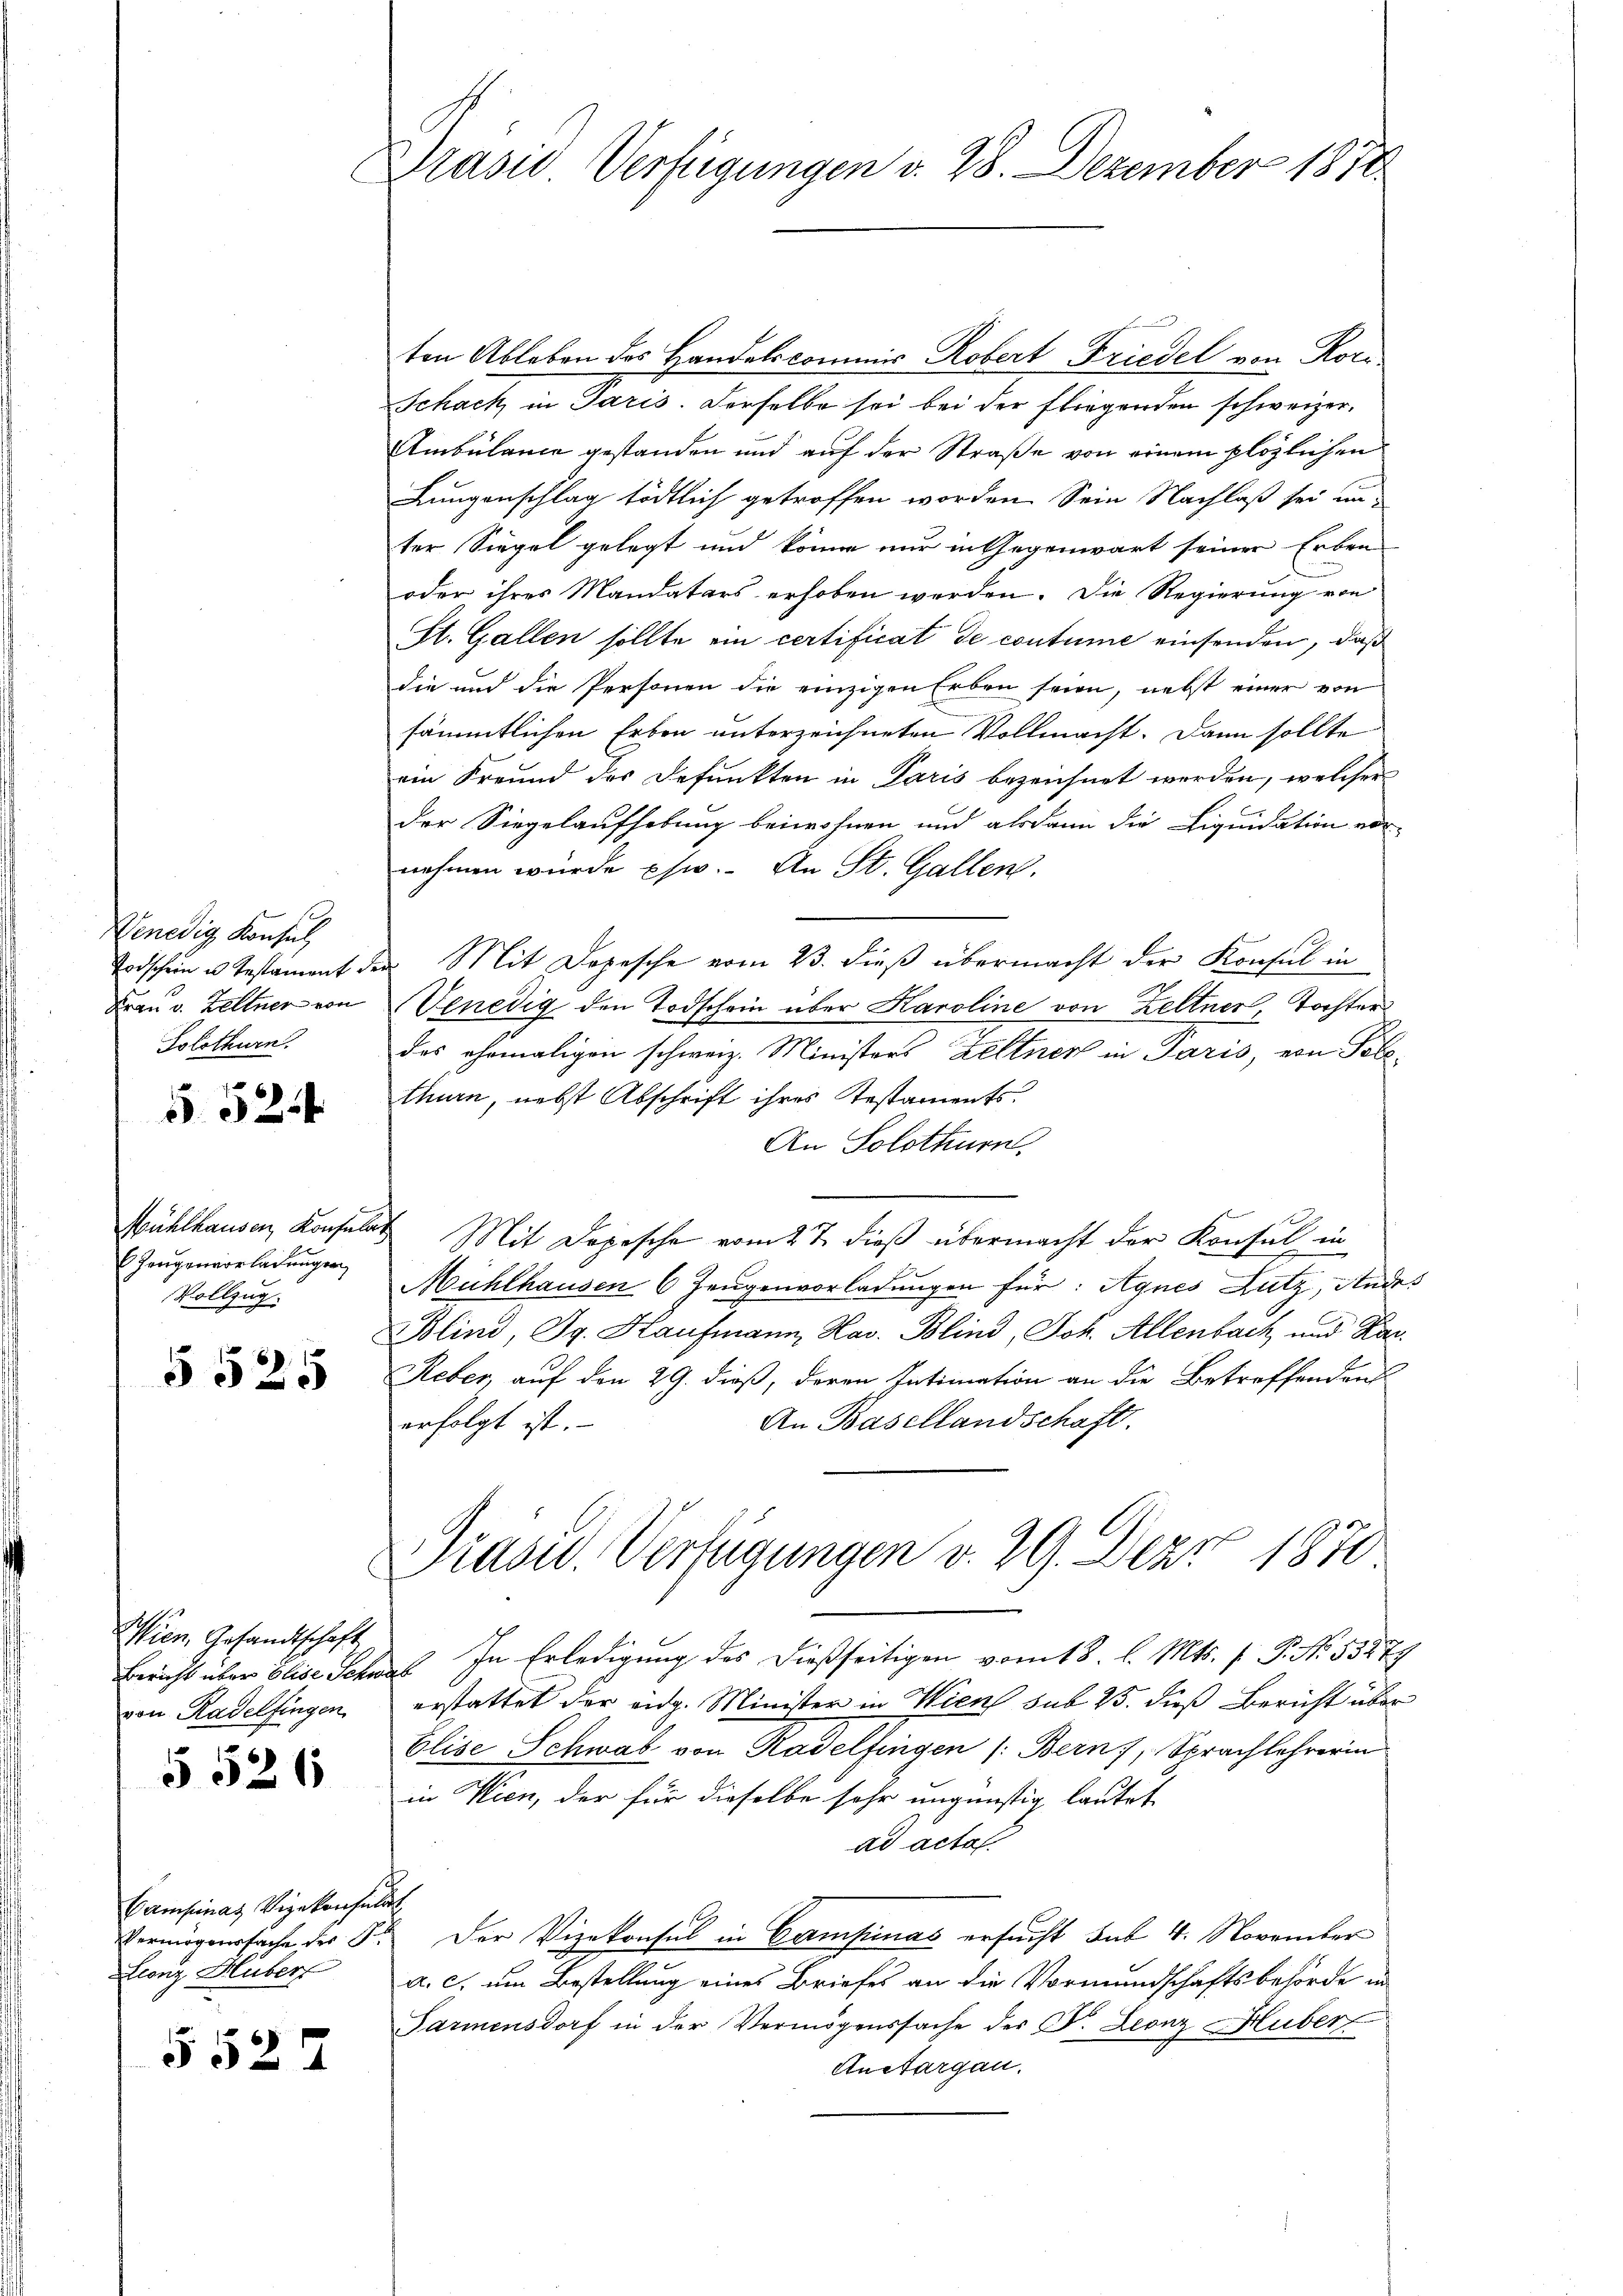
Wenedig Konsul
Todschein u. Testament de
Frau v. Kellner von
Solothurn.

552

Mühlhausen, Konsula
Zeugenvorladungen
Vollzug.

5525

Wien Gesandtschaft
Bericht über Elise Schwa
von Radelfingen

§ 526

Campinaz Vizekonsul
Vermögenssache der S
Leonz Huber

552

2

Prasis Verfügungen v. 28. Dezember 1870

ten Ableben des Landelscommis Robert Friedel von Ror
Schack in Paris. Derselbe sei bei der Fliegenden schweizer¬
Ambulance gestanden und auf der Straße von einem plözlichen
Lungenschlag tödtlich getroffen worden. Sein Nachlaß sei unter Siegel gelegt und könne nur in Gegenwart seiner Erben
oder ihres Mandatars erhoben werden. Die Regierung von
St. Gallen sollte ein certificat de coutume einsenden, daß
die und die Personen die einzigen Erben seien, nebst einer von
sämmtlichen Erben unterzeichneten Vollmacht. Dann sollte
ein Freund der Defunkten in Paris bezeichnet werden, welcher
der Siegelaufhebung beiwohnen und alsdann die Liquidation vor
nehmen würde phw. An St. Gallen.
Mit Dopesche vom 23. dieß übermacht der Konsul in
Venedig den Todschein über Karoline von Zeltner, Tochter
das ehemaligen schweiz. Ministers Zeltner in Paris, von Solothurn, nebst Abschrift ihres Testaments
An Solothurn.
n
Mit Dopesche vom 27. dieß übermacht der Konsul in
Mühlhausen 6 Zeugenvorladungen für: Agnes Lutz, Ann
Blind, Dr. Haufmann Hav. Blind, Joh. Allenbach und Kar
Reber, auf den 29. dieß, deren Intimation an die Betreffendens
An Basellandschaft.
erfolgt ist.
Präsid. Verfügungen v. 29. Dez. 1870
In Erledigung des dießseitigen vom 18. l. Mts. f. P. No. 5327
b
erstattet der eidg. Minister in Wien sub 15. dieß Bericht über
Elise Schwab von Radelfingen (Bern, Sprachlehrerin
in Wien, der für dieselbe sehr ungünstig lautet
ad acta.
l
Der Vizekonsul in Campinas ersucht sub 4. November
a. c. um Bestellung eines Briefes an die Vormundschaftsbehörde in
Parmensdorf in der Vermögenssache des P. Leonz Hubert
Anetargau.